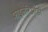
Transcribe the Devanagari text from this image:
फाइलेरिओडी